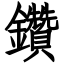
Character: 鑽